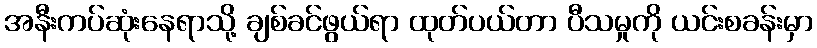
အနီးကပ်ဆုံးနေရာသို့ ချစ်ခင်ဖွယ်ရာ ထုတ်ပယ်တာ ပီသမှုကို ယင်းစခန်းမှာ